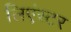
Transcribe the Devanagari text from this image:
लिएंस्टर